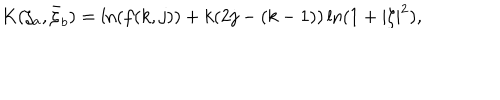
LaTeX: K ( \zeta _ { a } , \bar { \zeta } _ { b } ) = \ln ( f ( k , j ) ) + k ( 2 j - ( k - 1 ) ) \ln ( 1 + | \zeta | ^ { 2 } ) ,